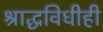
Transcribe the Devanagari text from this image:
श्राद्धविधीही